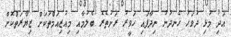
އަދި މުޅި ދުވަހު ހެނދުނު ނިދާފައި ހަވީރު ރަށުތެރެ ބެލުމާއި މިއުޒިއަމްތަކަށް ޒިޔާރަތްކޮށް